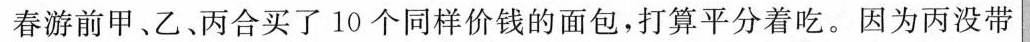
春游前甲、乙、丙合买了10个同样价钱的面包，打算平分着吃。因为丙没带